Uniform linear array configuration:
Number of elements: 64
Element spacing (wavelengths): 0.25
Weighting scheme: uniform
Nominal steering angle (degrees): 0
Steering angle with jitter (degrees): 1.749
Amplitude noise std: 0.05
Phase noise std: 0.05

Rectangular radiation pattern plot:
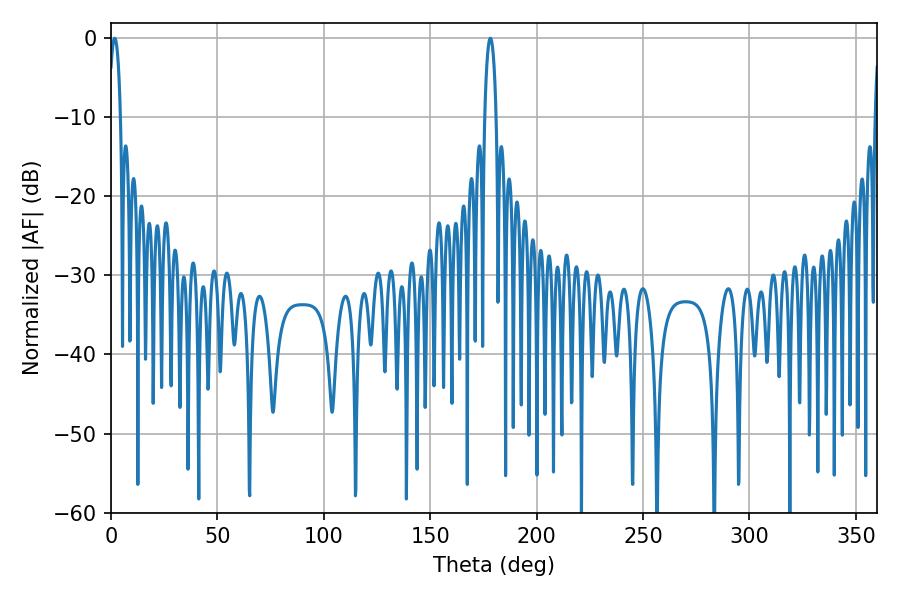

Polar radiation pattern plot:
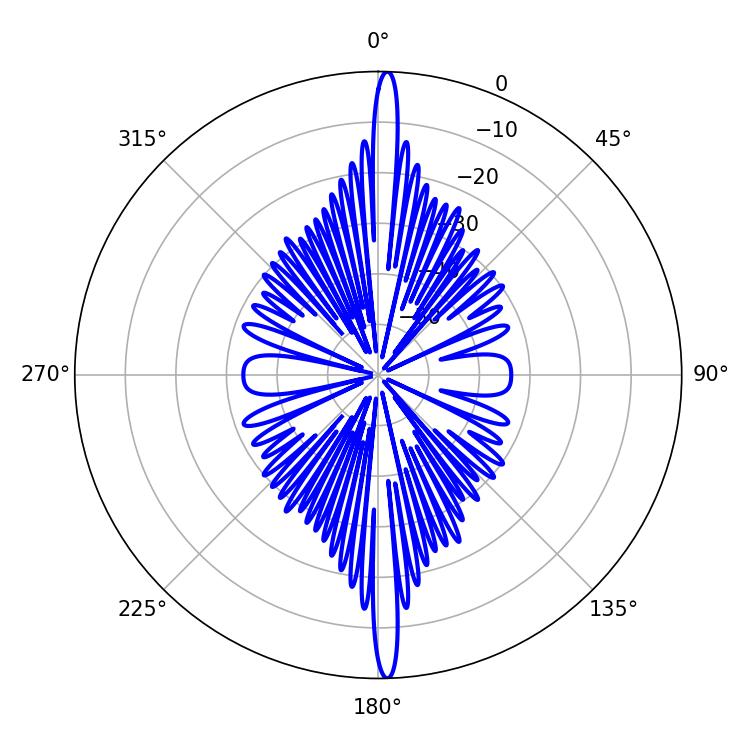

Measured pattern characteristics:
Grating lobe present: FALSE
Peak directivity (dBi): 27.199
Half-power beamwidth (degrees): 3.06
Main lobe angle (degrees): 1.8